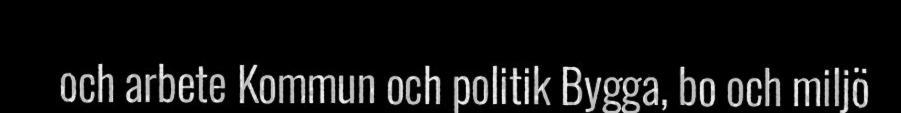
och arbete Kommun och politik Bygga, bo och miljö